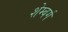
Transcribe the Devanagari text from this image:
शेम्बर्ग